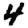
Digit: 4